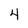
Character: 4